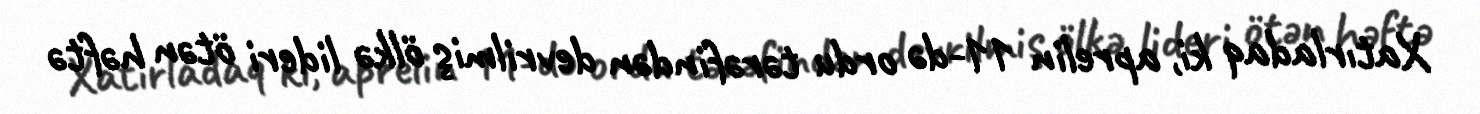
Xatırladaq ki, aprelin 11-də ordu tərəfindən devrilmiş ölkə lideri ötən həftə